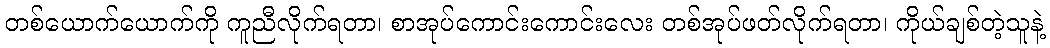
တစ်ယောက်ယောက်ကို ကူညီလိုက်ရတာ၊ စာအုပ်ကောင်းကောင်းလေး တစ်အုပ်ဖတ်လိုက်ရတာ၊ ကိုယ်ချစ်တဲ့သူနဲ့